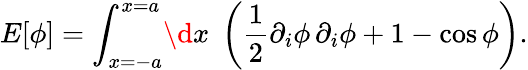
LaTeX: E[\phi]=\int_{x=-a}^{x=a}\! \d x\; \left(\frac{1}{2}\partial_{i}\phi\, \partial_{i}\phi+1-\cos\phi\right).